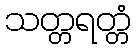
သတ္တရတ္တံ